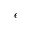
\epsilon